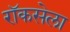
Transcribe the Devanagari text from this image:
रॉकसेला